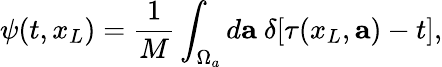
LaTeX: \psi(t,x_{L})=\frac{1}{M}\int_{\Omega_{a}}d{\mathbf a}~\delta[\tau(x_{L},{\mathbf a})-t],